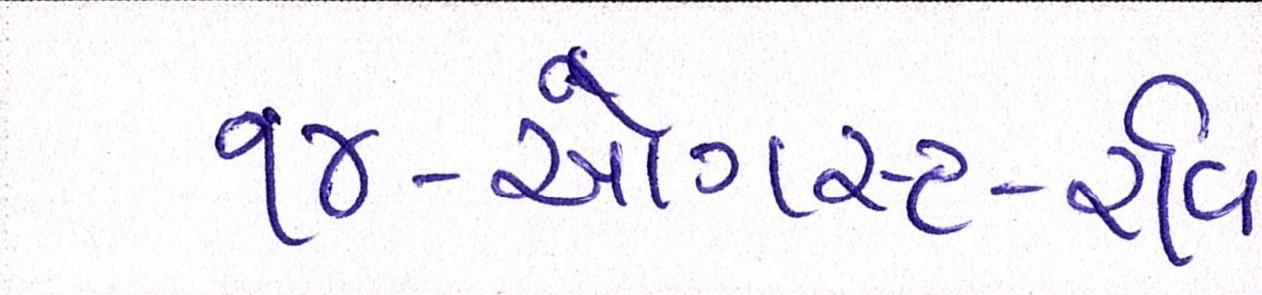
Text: ૧૪-ઓગસ્ટ-રવિ